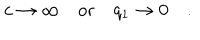
LaTeX: c \rightarrow \infty \quad \mathrm { o r } \quad q _ { 1 } \rightarrow 0 \quad .